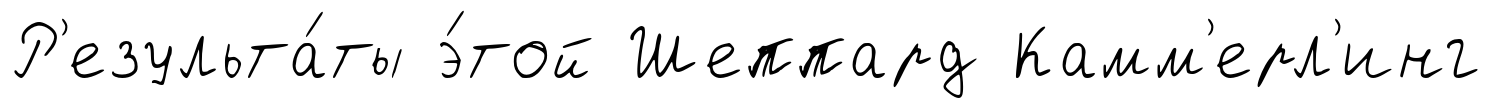
Р'езульта́ты э́той Шеппард Камм'ерл'инг